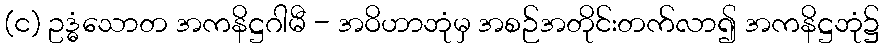
(င) ဥဒ္ဓံသောတ အကနိဋ္ဌဂါမီ - အဝိဟာဘုံမှ အစဉ်အတိုင်းတက်လာ၍ အကနိဋ္ဌဘုံ၌